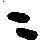
ニ